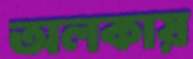
অলকায়